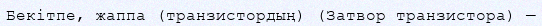
Бекітпе, жаппа (транзистордың) (Затвор транзистора) —